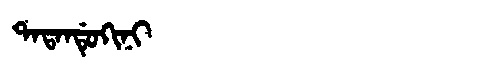
Manchu: ᡨᠠᡨᠠᠨᡩᡠᡴᡳᠨᡳ
Romanization: TATANDUKINI